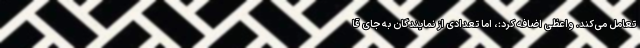
تعامل می‌کند. واعظی اضافه کرد:، اما تعدادی از نمایندگان به جای قا